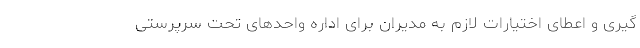
گیری و اعطای اختیارات لازم به مدیران برای اداره واحدهای تحت سرپرستی